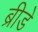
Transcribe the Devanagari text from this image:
ब्रीडे